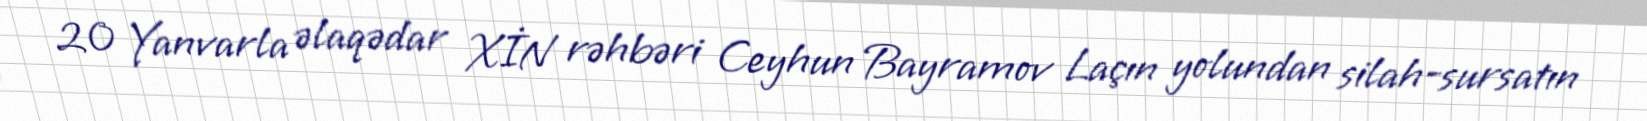
20 Yanvarla əlaqədar XİN rəhbəri Ceyhun Bayramov Laçın yolundan silah-sursatın